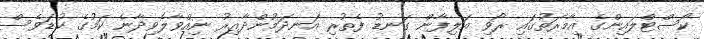
ކޯސްޓްލައިންގެ އިމާރަތުގައި ރޯވި އަލިފާން ގަނޑު ފެތުރި އަނދަމުންދާއިރު ނިއްވާލެވިދާނެ ކަމުގެ ކުޑަވެސް